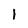
Character: 1